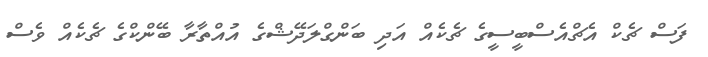
ފަސް ޗެކް އެޗްއެސްބީސީގެ ޗެކެއް އަދި ބަންގްލަދޭޝްގެ އުއްތާރާ ބޭންކްގެ ޗެކެއް ވެސް